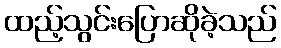
ထည့်သွင်းပြောဆိုခဲ့သည်